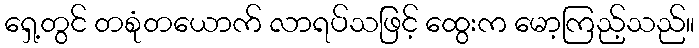
ရှေ့တွင် တစုံတယောက် လာရပ်သဖြင့် ထွေးက မော့ကြည့်သည်။